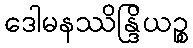
ဒေါမနဿိန္ဒြိယဉ္စ